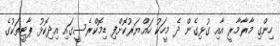
ހިންގި މާރާމާރީ އާއި ގުޅިގެން ދެ މީހަކު ހައްޔަރުކޮށްފި ޑިމޮކްރެސީގައި އިދިކޮޅު ޕާޓީތަކުގެ